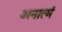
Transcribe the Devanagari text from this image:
अनात्मं